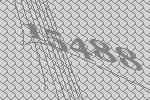
15488